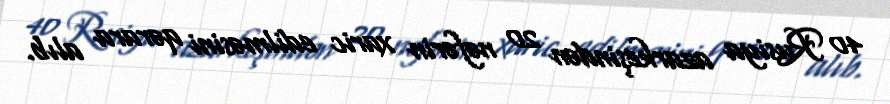
40 Rusiya azarkeşindən 20 nəfərin xaric edilməsini qərara alıb.